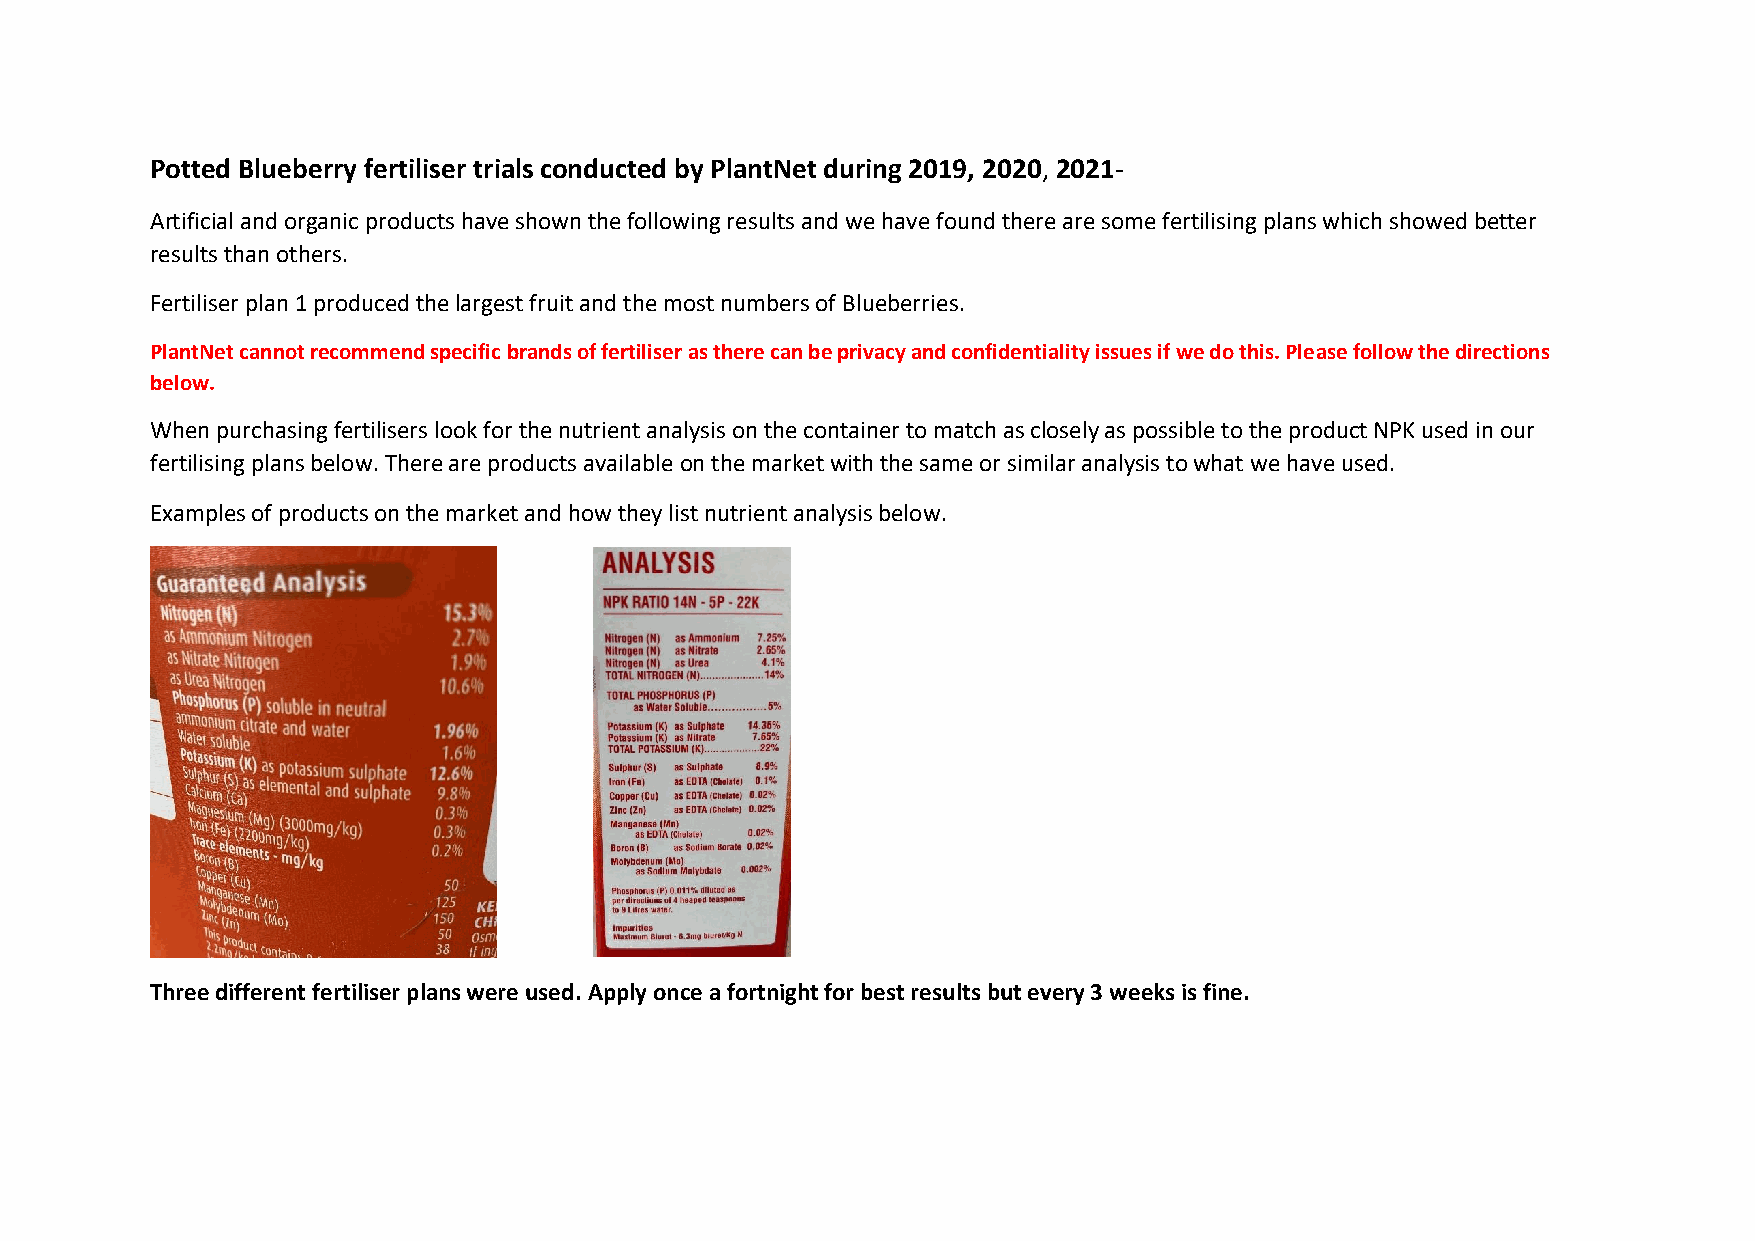
Potted Blueberry fertiliser trials conducted by PlantNet during 2019, 2020, 2021-
 Artificial and organic products have shown the following results and we have found there are some fertilising plans which showed better
 results than others.
 Fertiliser plan 1 produced the largest fruit and the most numbers of Blueberries.
 PlantNet cannot recommend specific brands of fertiliser as there can be privacy and confidentiality issues if we do this. Please follow the directions
 below.
 When purchasing fertilisers look for the nutrient analysis on the container to match as closely as possible to the product NPK used in our
 fertilising plans below. There are products available on the market with the same or similar analysis to what we have used.
 Examples of products on the market and how they list nutrient analysis below.
 Three different fertiliser plans were used. Apply once a fortnight for best results but every 3 weeks is fine.